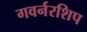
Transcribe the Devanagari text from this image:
गवर्नरशिप